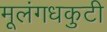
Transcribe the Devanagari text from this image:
मूलंगधकुटी